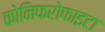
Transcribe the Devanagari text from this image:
कोनिफरोफाइटा